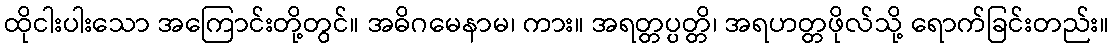
ထိုငါးပါးသော အကြောင်းတို့တွင်။ အဓိဂမေနာမ၊ ကား။ အရတ္တပ္ပတ္တိ၊ အရဟတ္တဖိုလ်သို့ ရောက်ခြင်းတည်း။